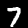
Digit: 7